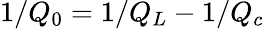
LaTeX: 1/Q_{0}=1/Q_{L}-1/Q_{c}